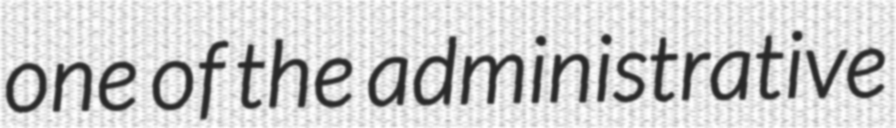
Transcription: one of the administrative